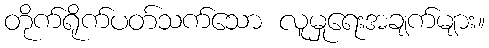
တိုက်ရိုက်ပတ်သက်သော လူမှုရေးအချက်များ။